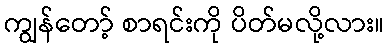
ကျွန်တော့် စာရင်းကို ပိတ်မလို့လား။